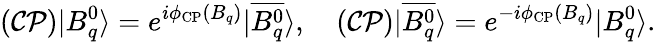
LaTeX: ({\cal CP})|B_{q}^{0}\rangle=e^{i\phi_{\mathrm{CP}}(B_{q})}|\overline{{{B_{q}^{0}}}}\rangle,\quad({\cal CP})|\overline{{{B_{q}^{0}}}}\rangle=e^{-i\phi_{\mathrm{CP}}(B_{q})}|B_{q}^{0}\rangle.